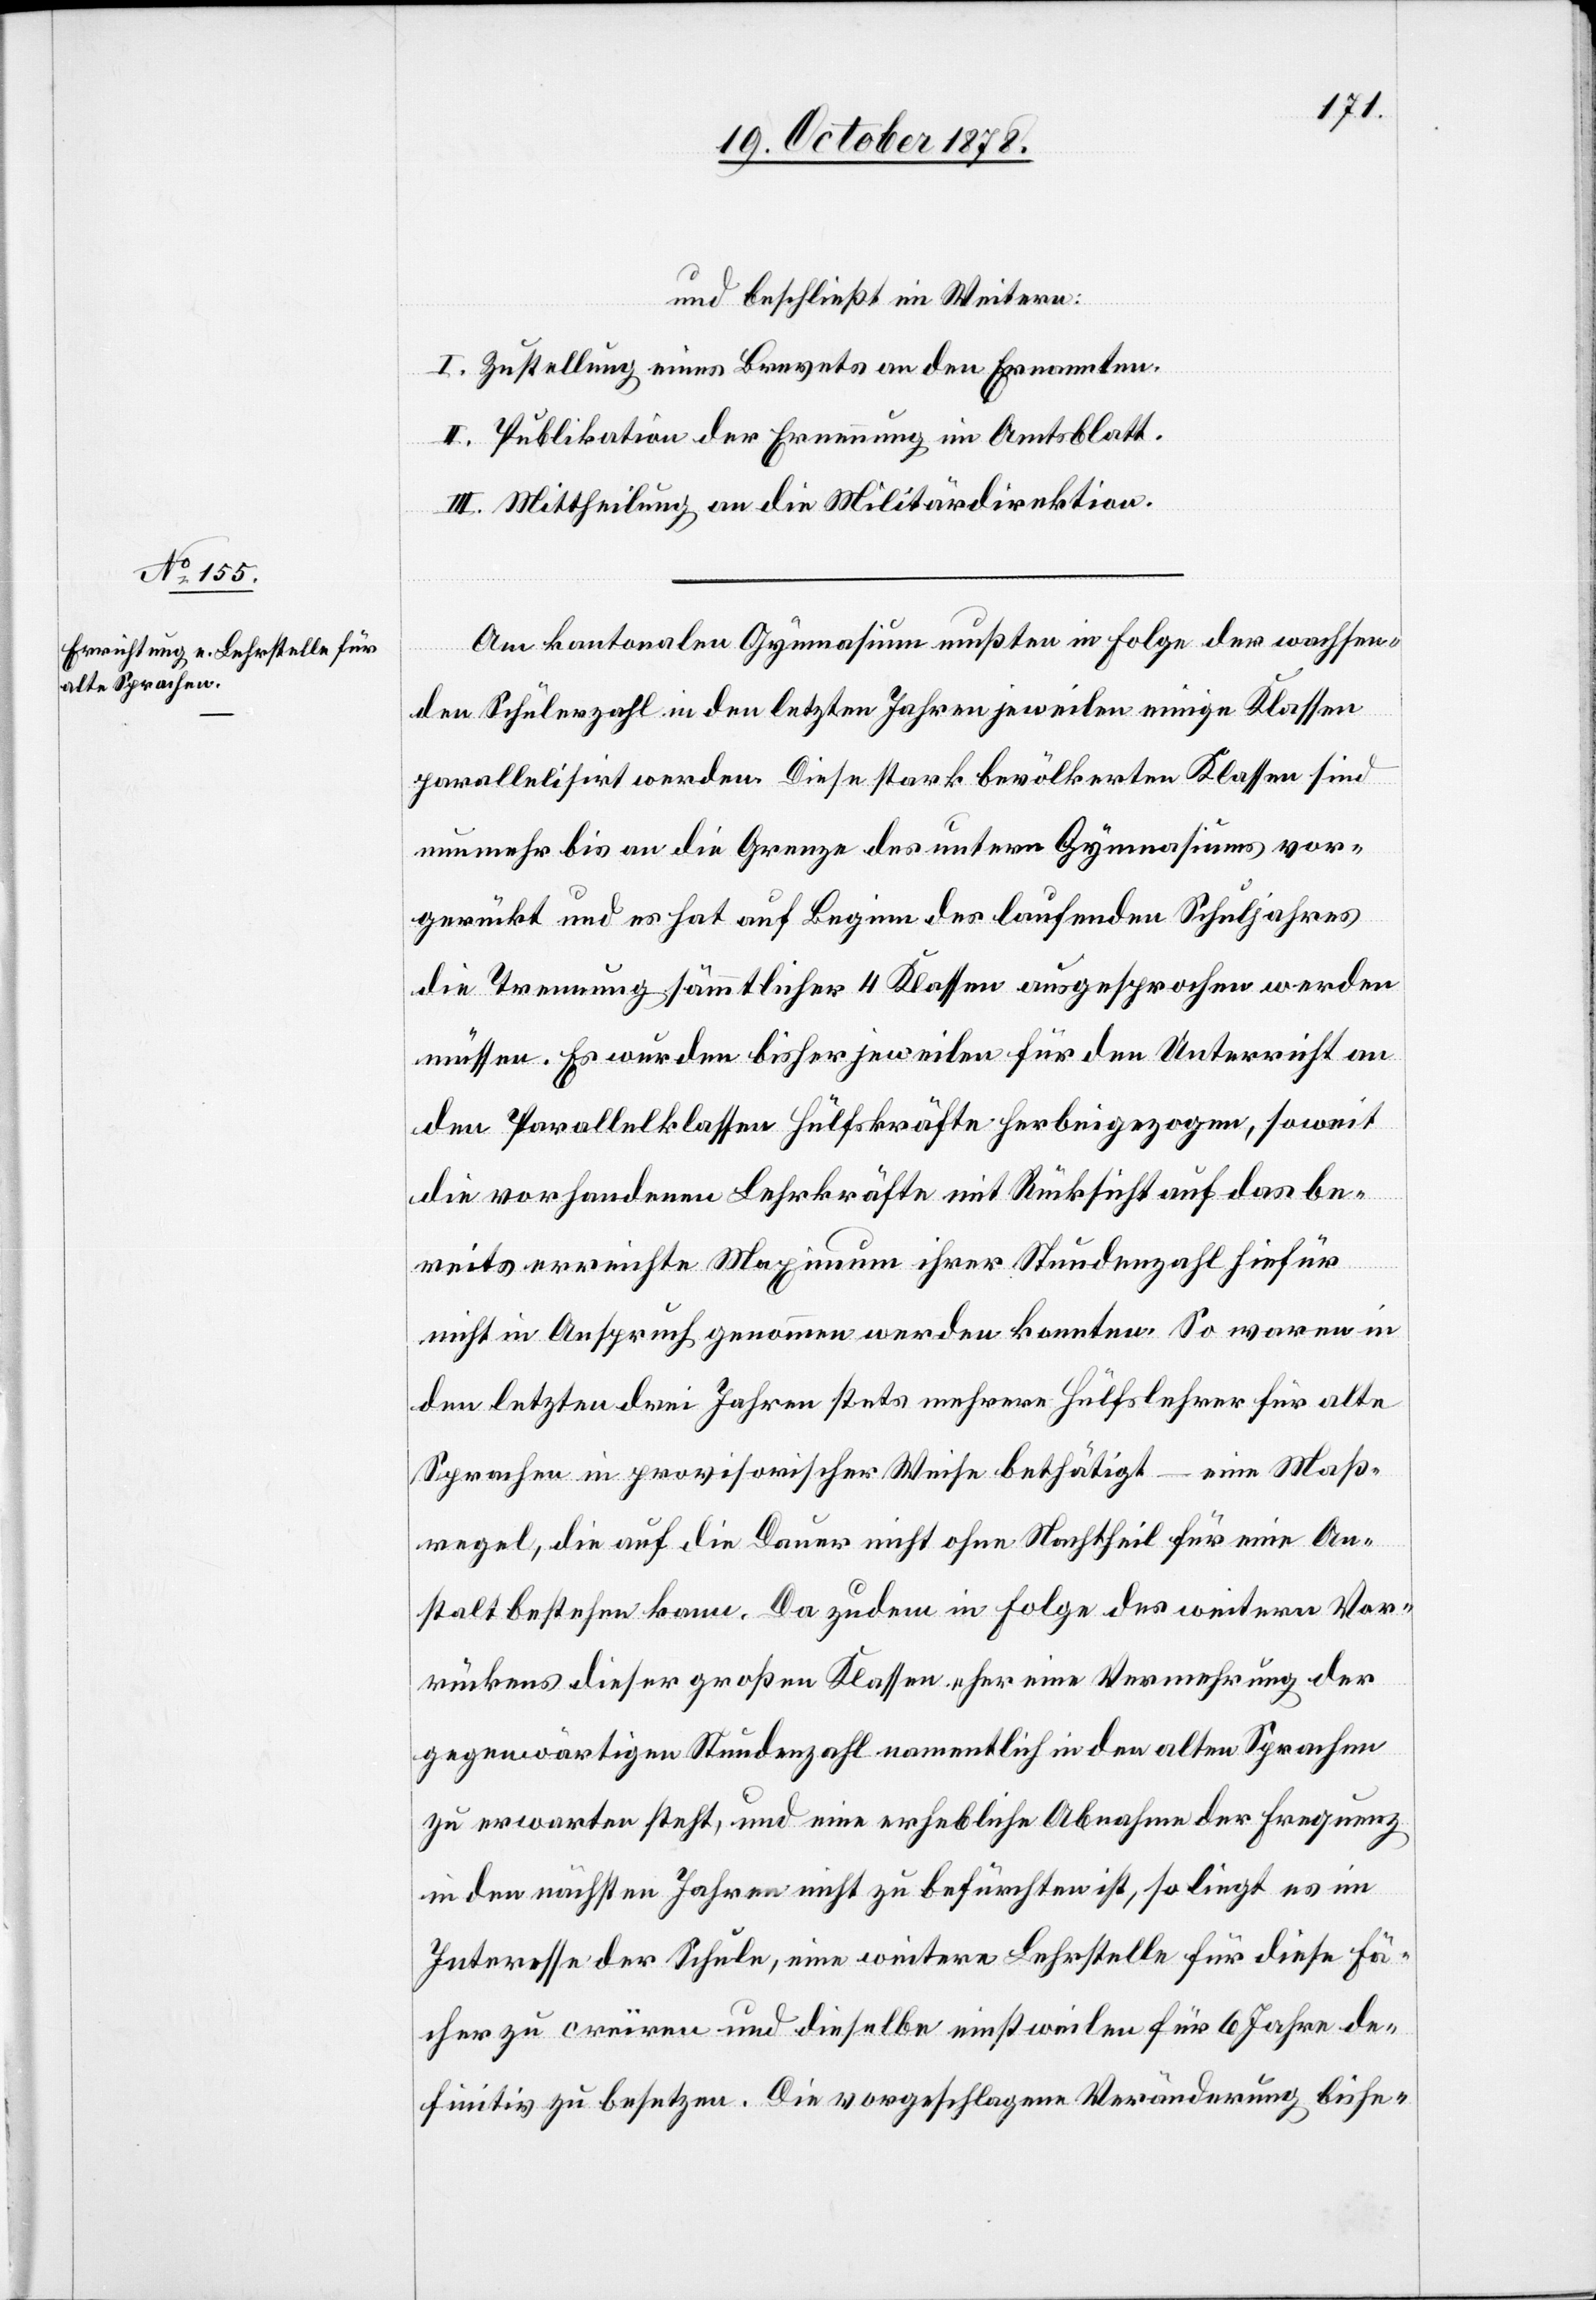
und beschließt im Weitern:
I. Zustellung eines Brevets an den Ernannten.
II. Publikation der Ernennung im Amtsblatt.
III. Mittheilung an die Militärdirektion.
Am kantonalen Gymnasium mußten in Folge der wachsen¬
den Schülerzahl in den letzten Jahren jeweilen einige Klassen
parallelisirt werden. Diese stark bevölkerten Klassen sind
nunmehr bis an die Grenze des unterm Gymnasiums vor¬
gerückt und es hat auf Beginn des laufenden Schuljahres
die Trennung sämmtlicher 4 Klassen ausgesprochen werden
müssen. Es wurden bisher jeweilen für den Unterricht an
den Parallelklassen Hülfskräfte herbeigezogen, soweit
die vorhandenen Lehrkräfte mit Rücksicht auf das be¬
reits erreichte Maximum ihrer Stundenzahl hiefür
nicht in Anspruch genommen werden konnten. So waren in
den letzten drei Jahren stets mehrere Hülfslehrer für alte
Sprachen in provisorischer Weise bethätigt – eine Maß¬
regel, die auf die Dauer nicht ohne Nachtheil für eine An¬
stalt bestehen kann. Da zudem in Folge des weitern Vor¬
rückens dieser großen Klassen eher eine Vermehrung der
gegenwärtigen Stundezahl namentlich in den alten Sprachen
zu erwarten steht, und eine erhebliche Abnahme der Frequenz
in den nächsten Jahren nicht zu befürchten ist, so liegt es im
Interesse der Schule, eine weitere Lehrstelle für diese Fä¬
cher zu creïren und dieselbe einstweilen für 6 Jahre de¬
finitiv zu besetzen. Die vorgeschlagene Veränderung bishe-